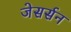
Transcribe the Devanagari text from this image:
जेसर्सन